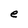
Character: e